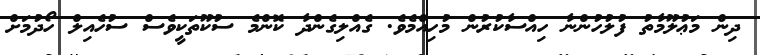
ދިން މަޢުލޫމާތު ފުލުހުންނާ ހިއްސާކުރުން މުހިއްމެވެ. ގެއްލިގެންދާ ކޮންމެ ސުކޫތަކީވެސް ސުހެއިލް ހޯދުމަށް